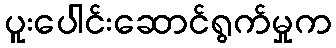
ပူးပေါင်းဆောင်ရွက်မှုက